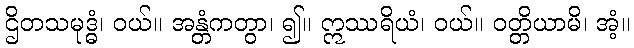
ဌိတသမုဒ္ဓံ၊ ဝယ်။ အန္တံကတွာ၊ ၍။ ဣဿရိယံ၊ ဝယ်။ ဝတ္တိယာမိ၊ အံ့။